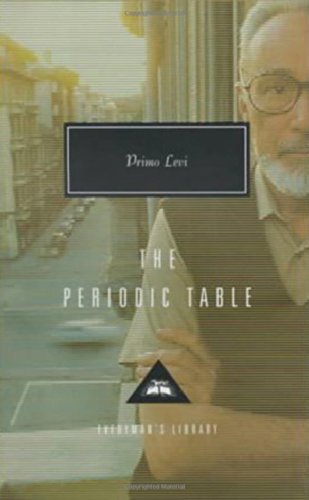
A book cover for The Periodic Table; Primo Levi; Literature & Fiction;